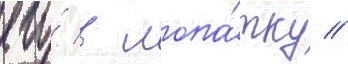
его́ в лопа́тку //